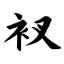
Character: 衩